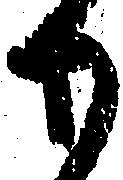
も